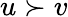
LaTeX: u\succ v